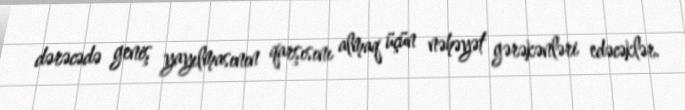
dərəcədə geniş yayılmasının qarşısını almaq üçün nəhəyət gərəkənləri edəcəklər.